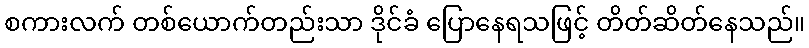
စကားလက် တစ်ယောက်တည်းသာ ဒိုင်ခံ ပြောနေရသဖြင့် တိတ်ဆိတ်နေသည်။